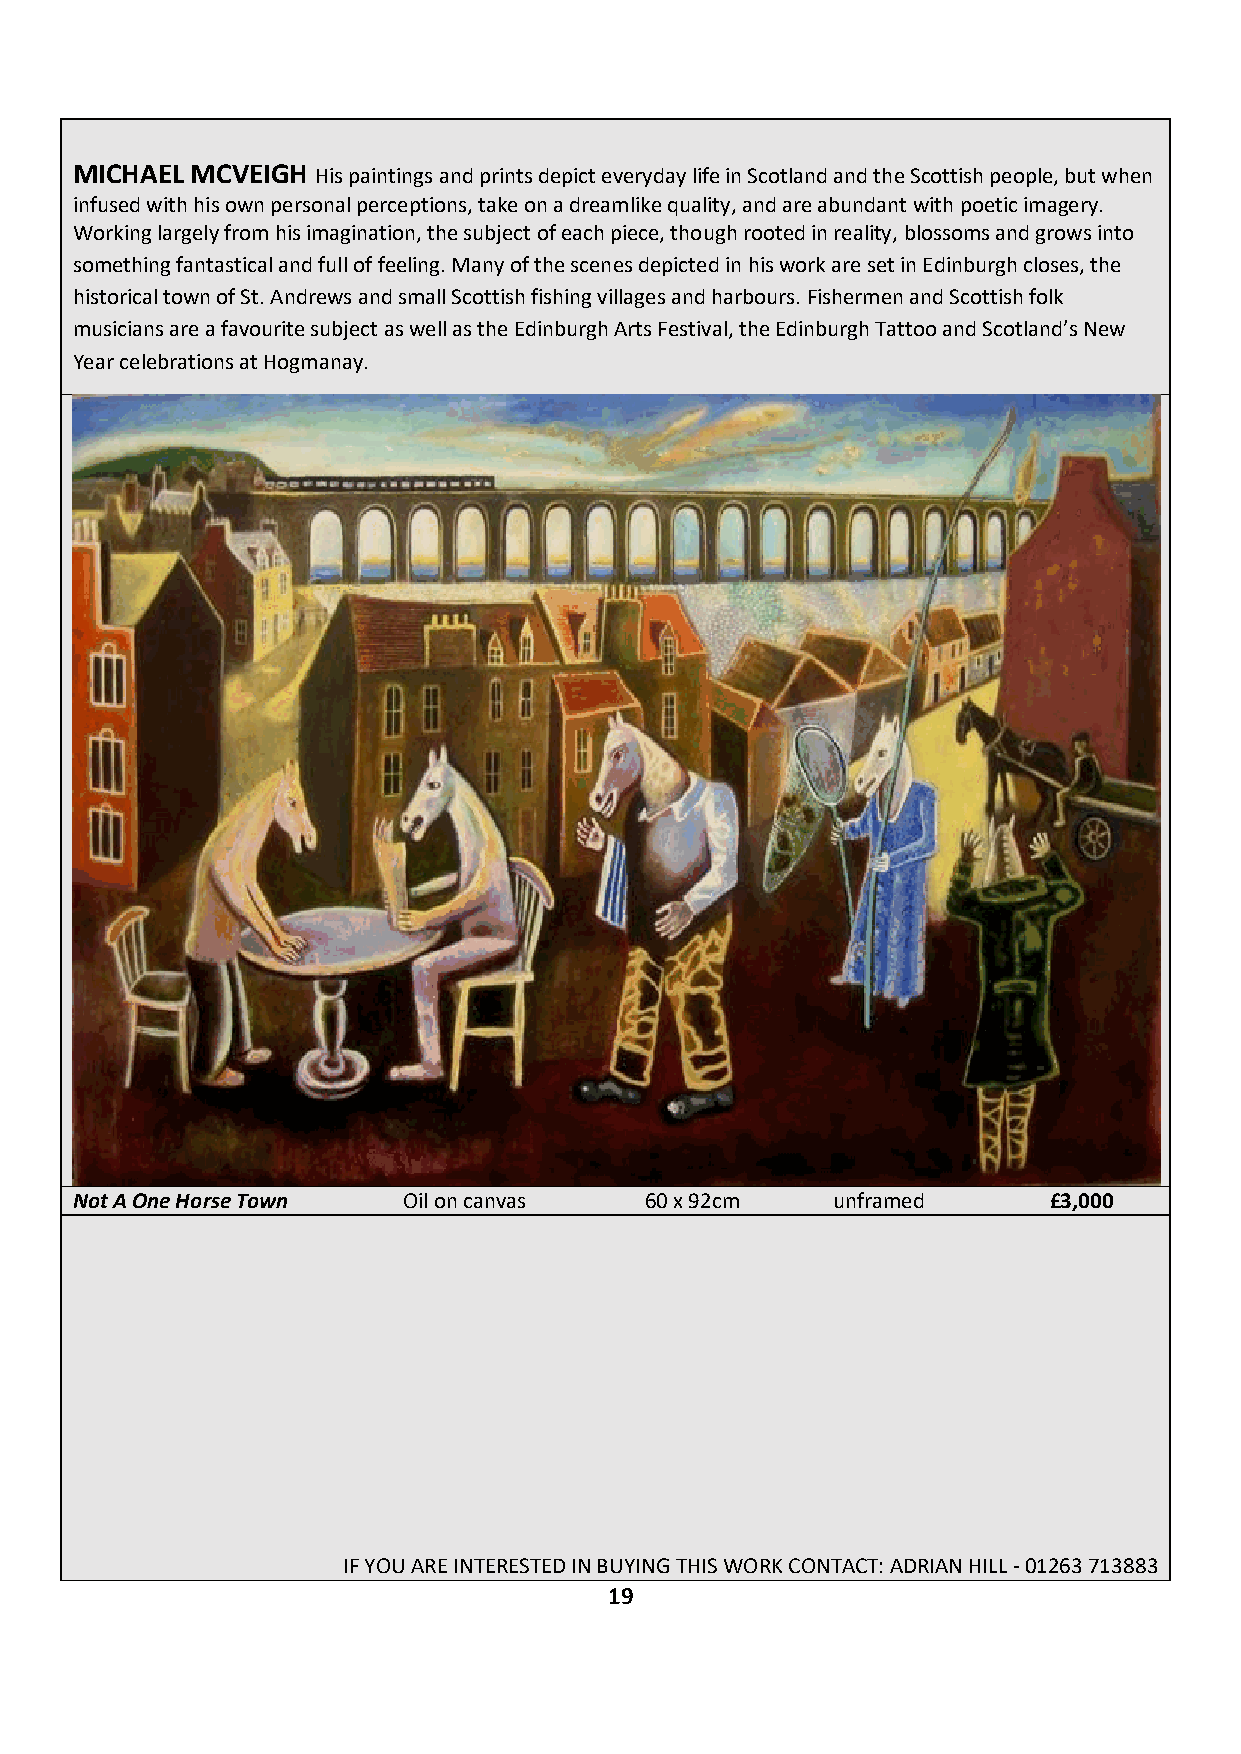
MICHAEL MCVEIGH His paintings and prints depict everyday life in Scotland and the Scottish people, but when
 infused with his own personal perceptions, take on a dreamlike quality, and are abundant with poetic imagery.
 Working largely from his imagination, the subject of each piece, though rooted in reality, blossoms and grows into
 something fantastical and full of feeling. Many of the scenes depicted in his work are set in Edinburgh closes, the
 historical town of St. Andrews and small Scottish fishing villages and harbours. Fishermen and Scottish folk
 musicians are a favourite subject as well as the Edinburgh Arts Festival, the Edinburgh Tattoo and Scotland’s New
 Year celebrations at Hogmanay.
 Not A One Horse Town  Oil on canvas   60 x 92cm   unframed      £3,000
 IF YOU ARE INTERESTED IN BUYING THIS WORK CONTACT: ADRIAN HILL - 01263 713883
 19